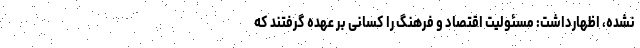
نشده، اظهارداشت: مسئولیت اقتصاد و فرهنگ را کسانی بر عهده گرفتند که